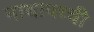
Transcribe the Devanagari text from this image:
माथापच्‍ची